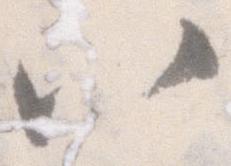
八